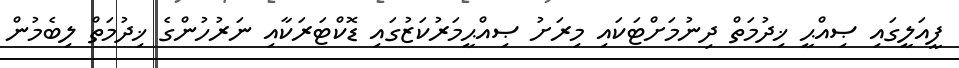
ފީއަލީގައި ޞިއްޙީ ޚިދުމަތް ދިނުމަށްޓަކައި މިރަށު ޞިއްޙީމަރުކަޒުގައި ޑޮކްޓަރަކާއި ނަރުހުންގެ ޚިދުމަތް ލިބެމުން